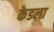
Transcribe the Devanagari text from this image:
केडला